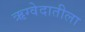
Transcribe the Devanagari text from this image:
ऋग्वेदातीला